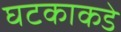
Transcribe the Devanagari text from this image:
घटकाकडे